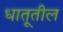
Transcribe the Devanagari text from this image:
धातूतील